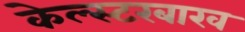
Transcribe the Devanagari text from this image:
केल्स्टरबाख